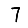
Digit: 7